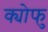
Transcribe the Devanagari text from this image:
क्योफु